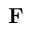
\bf { F }